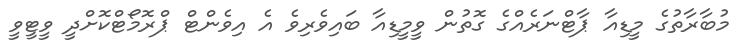
މުބާރާތުގެ މީޑިއާ ޕާޓްނަރެއްގެ ގޮތުން ވީމީޑިއާ ބައިވެރިވެ އެ އިވެންޓް ޕްރޮމޯޓްކޮށްދީ ވީޓީވީ